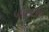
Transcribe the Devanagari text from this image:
५५६६९५